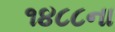
૧૪૮૮ના